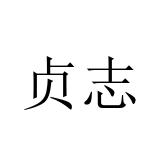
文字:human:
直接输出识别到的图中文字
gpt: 贞志